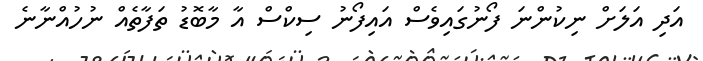
އަދި އަލަށް ނިކުންނަ ފޯނުގައިވެސް އައިފޯނު ސިކްސް އާ މާބޮޑު ތަފާތެއް ނުހުއްނާނެ